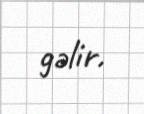
gəlir.